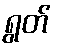
ရွတ်